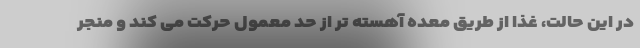
در این حالت، غذا از طریق معده آهسته تر از حد معمول حرکت می کند و منجر